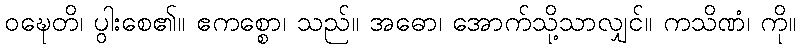
ဝဍ္ဎေတိ၊ ပွါးစေ၏။ ဧကစ္စော၊ သည်။ အဓော၊ အောက်သို့သာလျှင်။ ကသိဏံ၊ ကို။